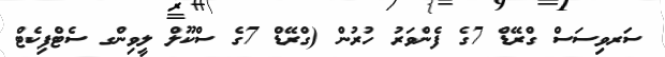
ސަރވިސަސް ގްރޭޑް 7ގެ ފެންވަރު ހުރުން (ގްރޭޑް 7ގެ ސްކޫލް ލީވިންގ ސެޓްފިކެޓް